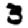
Digit: 3